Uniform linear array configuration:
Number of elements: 8
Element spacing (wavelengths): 0.5
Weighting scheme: cosine
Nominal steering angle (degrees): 15
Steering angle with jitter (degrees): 16.08
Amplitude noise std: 0.05
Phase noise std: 0.05

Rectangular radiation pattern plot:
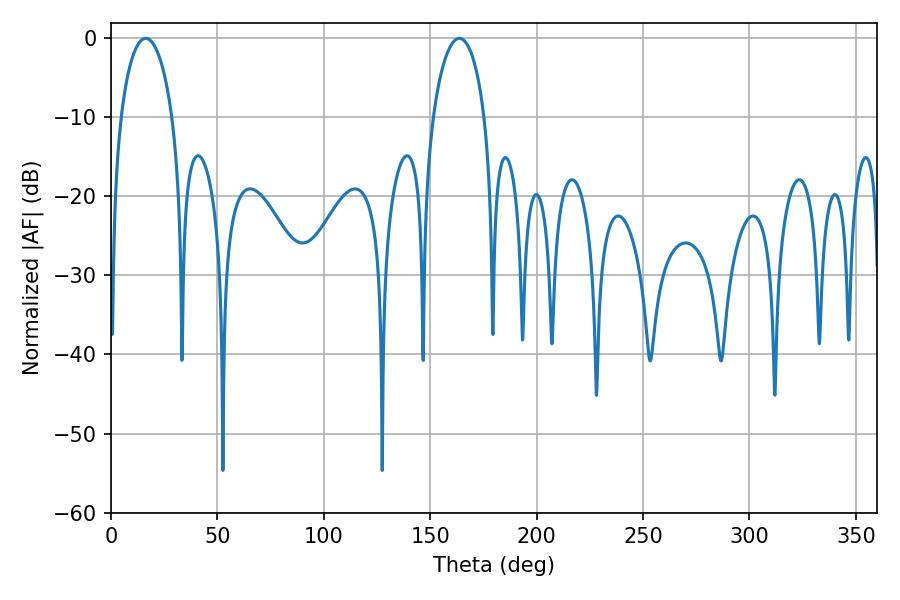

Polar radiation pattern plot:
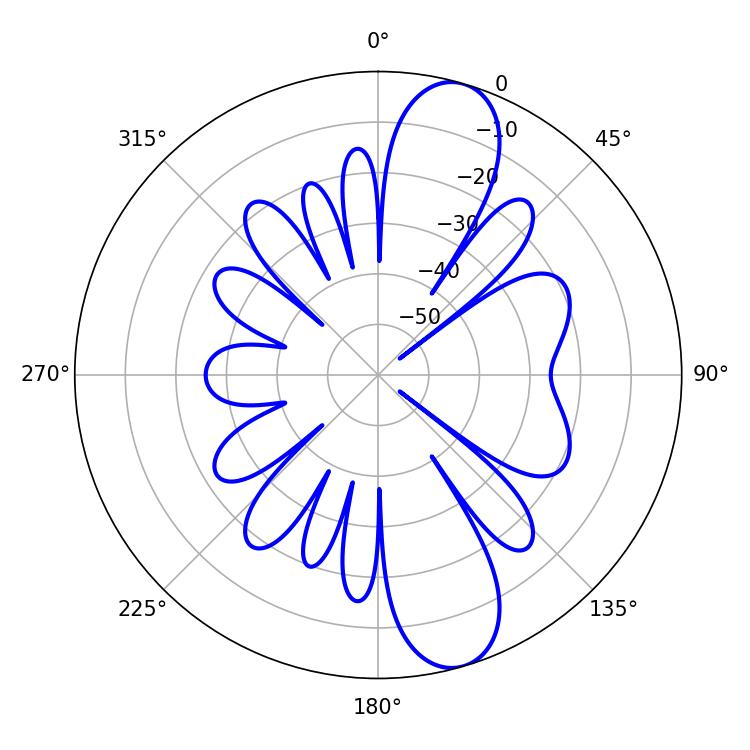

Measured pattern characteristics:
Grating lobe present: FALSE
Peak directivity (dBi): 11.262
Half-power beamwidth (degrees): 13.86
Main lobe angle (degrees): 16.38